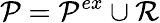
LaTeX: \mathcal{P}=\mathcal{P}^{ex}\cup\mathcal{R}